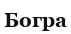
Богра